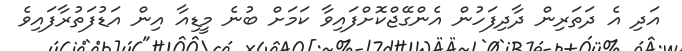
އަދި އެ ދަތަރިން ދާދިފަހުން އެންގޭޖްކޮށްފައިވާ ކަމަށް ބުނެ މީޑިއާ އިން އަޑުފަތުރާފައިވެ